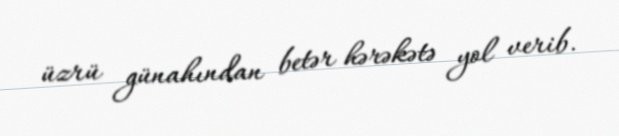
üzrü günahından betər hərəkətə yol verib.